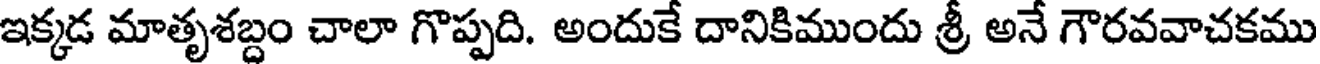
ఇక్కడ మాతృశబ్దం చాలా గొప్పది. అందుకే దానికిముందు శ్రీ అనే గౌరవవాచకము